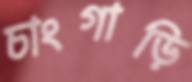
চাংগাড়ি